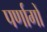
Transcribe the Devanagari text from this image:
पर्णागों